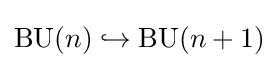
\operatorname {BU} (n)\hookrightarrow \operatorname {BU} (n+1)